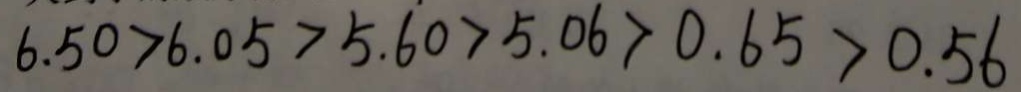
6 . 5 0 > 6 . 0 5 > 5 . 6 0 > 5 . 0 6 > 0 . 6 5 > 0 . 5 6